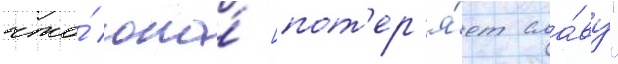
что́ она́ [пот'ер'я́ет сла́ву"